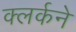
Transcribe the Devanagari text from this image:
क्लर्कने